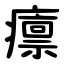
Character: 癝